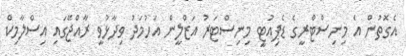
އެގޮތުން އެ މިނިސްޓްރީގެ ޑެޕިއުޓީ މިނިސްޓަރު އަޒްލީން އަހުމަދު ވިދާޅުވީ ރާއްޖޭގައި އިސްލާމިކް